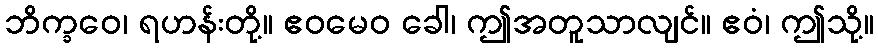
ဘိက္ခဝေ၊ ရဟန်းတို့။ ဧဝမေဝ ခေါ၊ ဤအတူသာလျင်။ ဧဝံ၊ ဤသို့။